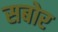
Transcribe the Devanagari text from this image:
सबोर